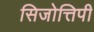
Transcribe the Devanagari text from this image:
सिजोत्तिपी